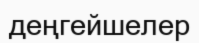
деңгейшелер